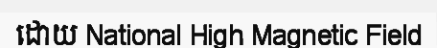
ដោយ National High Magnetic Field